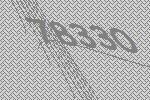
78330